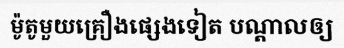
ម៉ូតូមួយគ្រឿងផ្សេងទៀត បណ្តាលឲ្យ